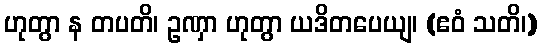
ဟုတွာ န တပတိ၊ ဥဏှာ ဟုတွာ ယဒိတပေယျ၊ (ဧဝံ သတိ၊)